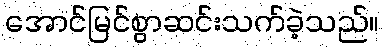
အောင်မြင်စွာဆင်းသက်ခဲ့သည်။